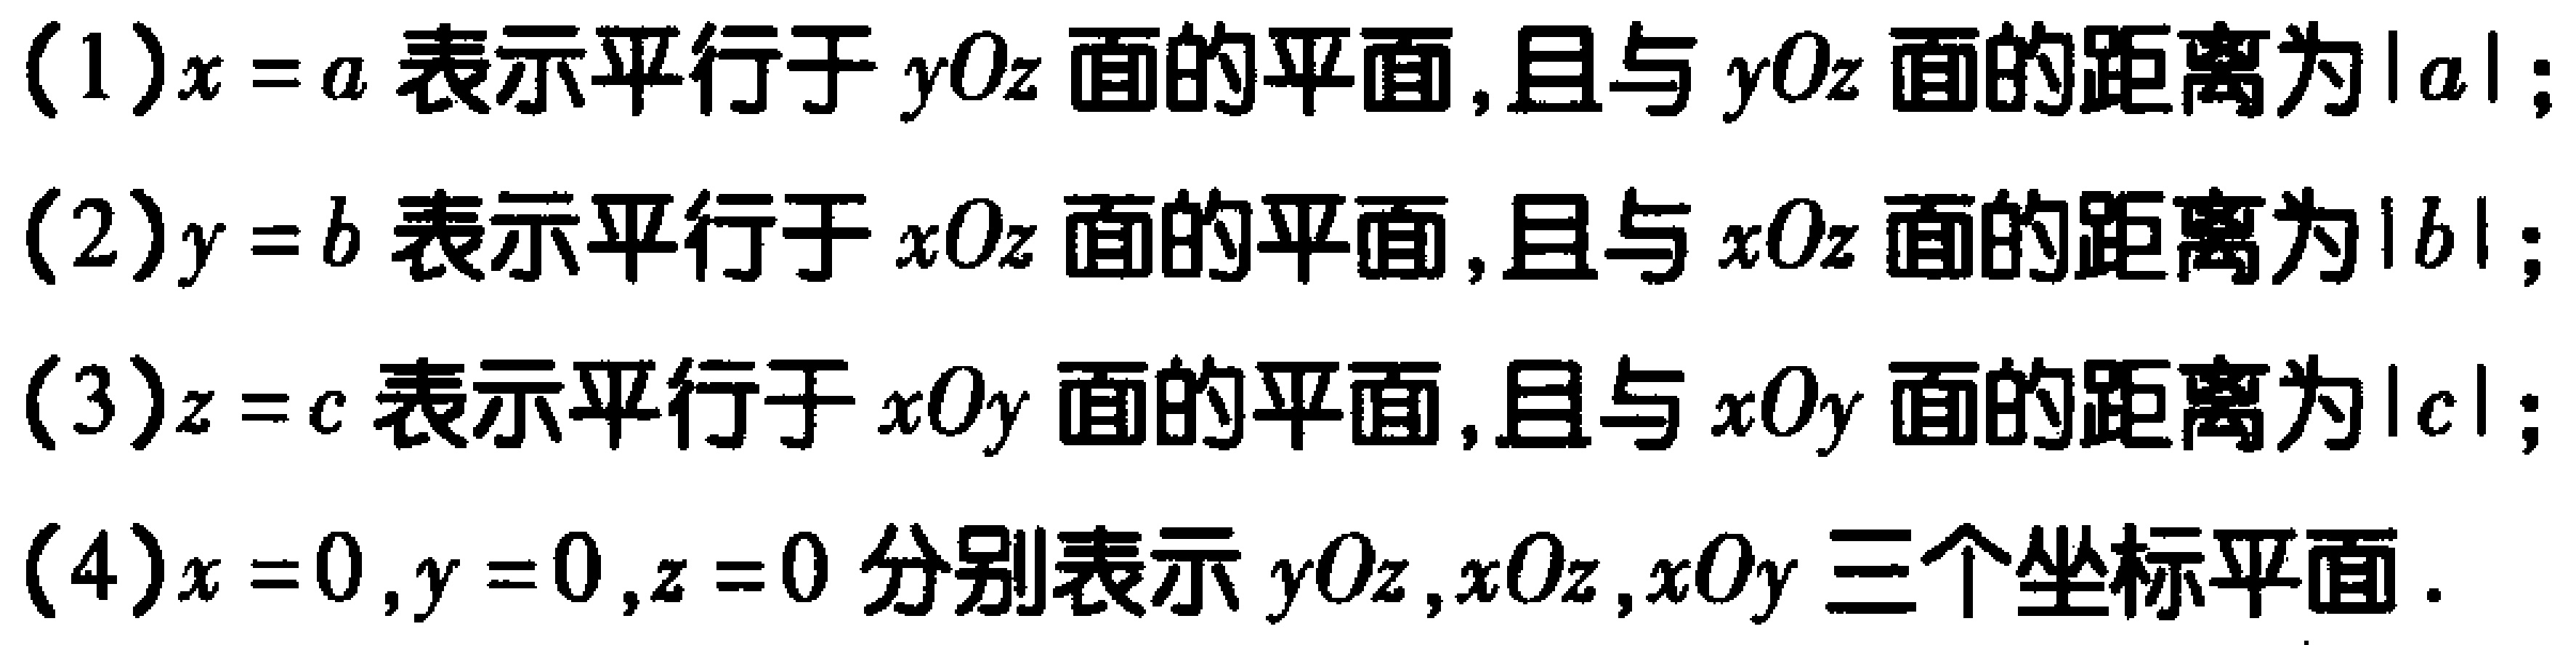
(1)$x = a$ 表示平行于 $yOz$ 面的平面,且与 $yOz$ 面的距离为 $|a|$;

(2)$y = b$ 表示平行于 $xOz$ 面的平面,且与 $xOz$ 面的距离为 $|b|$;

(3)$z = c$ 表示平行于 $xOy$ 面的平面,且与 $xOy$ 面的距离为 $|c|$;

(4)$x = 0,y = 0,z = 0$ 分别表示 $yOz,xOz,xOy$ 三个坐标平面.